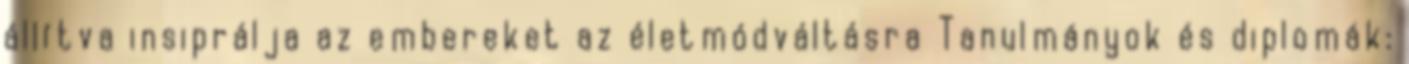
állítva insiprálja az embereket az életmódváltásra Tanulmányok és diplomák: